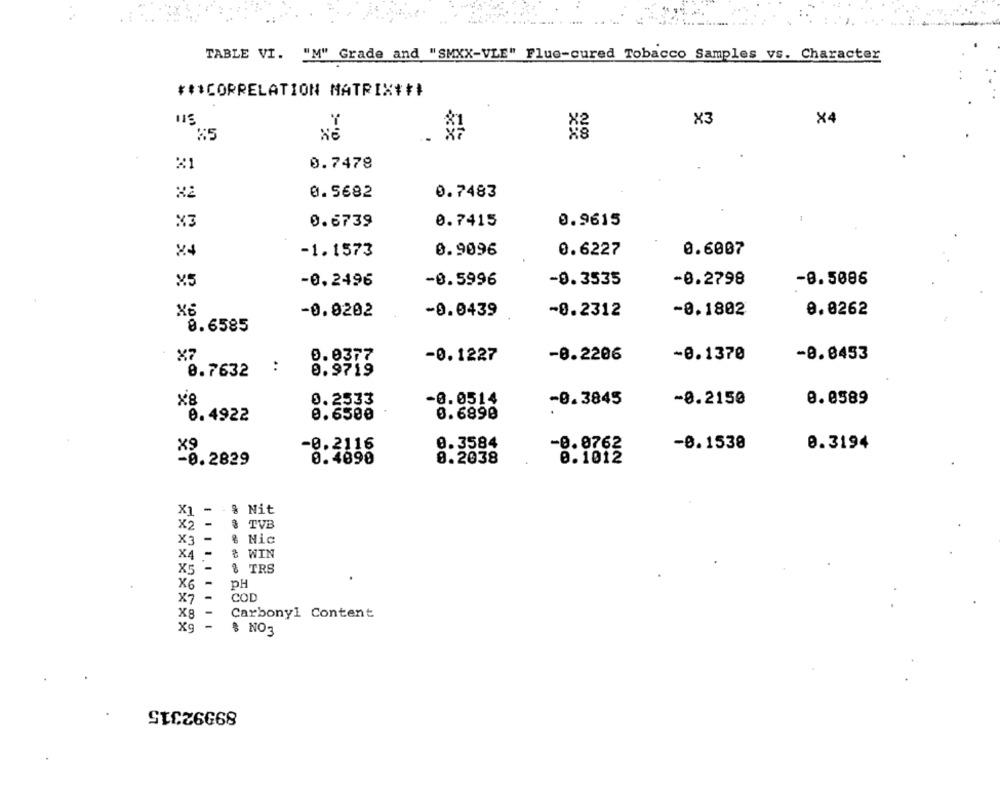
TABLE VI. "M" Grade and "SMXX-VLE" Flue-cured Tobacco Samples vs. Character
*** CORRELATION MATRIX###
COF
X4
X3
85
21
0.7478
X2
0.5682
0.7483
0.9615
X3
0.6739
0.7415
X4
-1.1573
0.9096
0.6227
0.6007
×5
-0.2496
-0.5996
-9.3535
-0.2798
-8.5086
X6
-0.0202
-0.0439
-8.2312
-8.1802
0.0262
8.6585
X7
-8.0453
-0.1227
-0.2206
-0.1370
0.7632
:
0.9719
x8
0.2533
-0.0514
-0.3845
-0.2150
0.0589
0.4922
0.6500
0.6890
0.3584
×9
-0.2116
-0.0762
-0.1538
0.3194
0.2038
0.1012
-8.2829
0.4890
X1
-
& Nit
X2 -
TVB
Nic
X3 -
-
& WIN
X4 -
X5-
8 TRS
X6 -
PH
X7
COD
X8 -
Carbonyl Content
X9
$ NO3
89992315